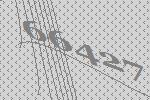
66427